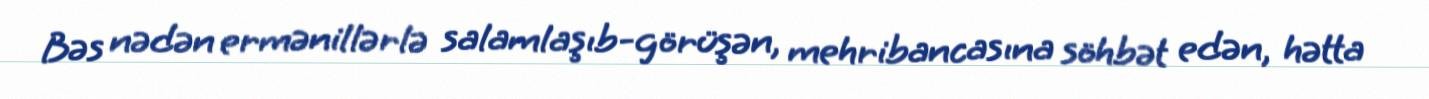
Bəs nədən ermənillərlə salamlaşıb-görüşən, mehribancasına söhbət edən, hətta